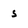
Character: 5